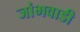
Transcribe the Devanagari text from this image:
जांभवाडी